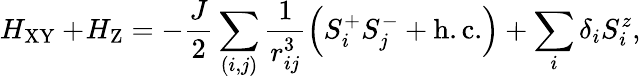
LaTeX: H_{\mathrm{XY}}+\! H_{\mathrm{Z}}=-\frac{J}{2}\sum_{(i,j)}\frac{1}{r_{{ij}}^{3}}\left(S_{i}^{+}S_{j}^{-}+\mathrm{{h.c.}}\right)+\sum_{i}\delta_{i}S_{i}^{z},